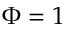
\Phi = 1